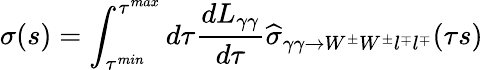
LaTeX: \sigma(s)=\int_{\tau^{min}}^{\tau^{max}}d\tau\frac{dL_{\gamma\gamma}}{d\tau}\widehat{\sigma}_{\gamma\gamma\rightarrow W^{\pm}W^{\pm}l^{\mp}l^{\mp}}(\tau s)